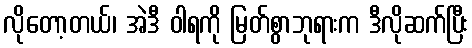
လိုတော့တယ်၊ အဲဒီ ဝါရကို မြတ်စွာဘုရားက ဒီလိုဆက်ပြီး